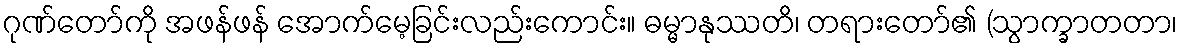
ဂုဏ်တော်ကို အဖန်ဖန် အောက်မေ့ခြင်းလည်းကောင်း။ ဓမ္မာနုဿတိ၊ တရားတော်၏ (သွာက္ခာတတာ၊